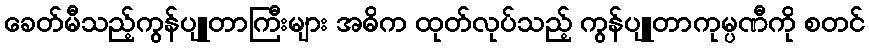
ခေတ်မီသည့်ကွန်ပျူတာကြီးများ အဓိက ထုတ်လုပ်သည့် ကွန်ပျူတာကုမ္ပဏီကို စတင်